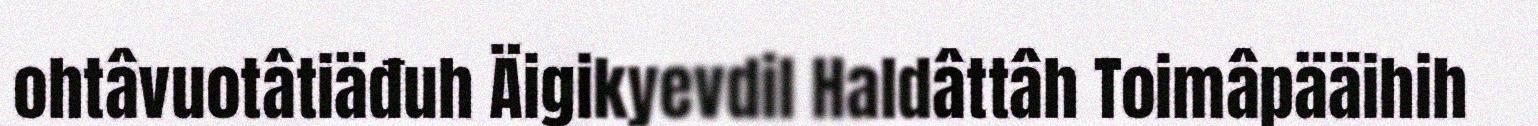
ohtâvuotâtiäđuh Äigikyevdil Haldâttâh Toimâpääihih